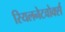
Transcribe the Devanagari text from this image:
रियलनेटवोर्क्स